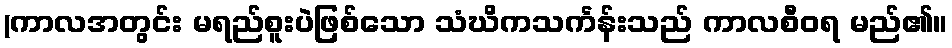
(ကာလအတွင်း မရည်စူးပဲဖြစ်သော သံဃိကသင်္ကန်းသည် ကာလစီဝရ မည်၏။